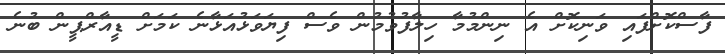
ފާސްކޮށްފައި ވަނިކޮށް އެ ނިންމުމާ ހިލާފުވުމުން ވެސް ފިޔަވަޅުއަޅާނެ ކަމަށް ޑީއާރްޕީން ބުނެ